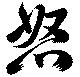
怒